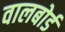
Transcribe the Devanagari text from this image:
वालबोर्ड